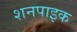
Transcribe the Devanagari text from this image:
शनपाइक